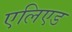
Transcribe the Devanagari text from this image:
एलिएड